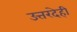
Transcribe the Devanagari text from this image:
उत्तरदेही